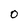
Character: 0